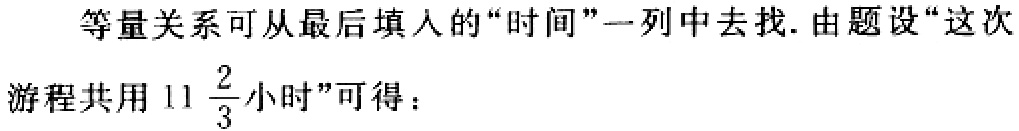
等量关系可从最后填入的“时间”一列中去找. 由题设“这次游程共用 \(11\frac{2}{3}\)小时”可得：